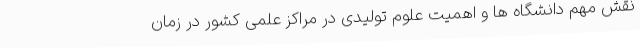
نقش مهم دانشگاه ها و اهمیت علوم تولیدی در مراکز علمی کشور در زمان